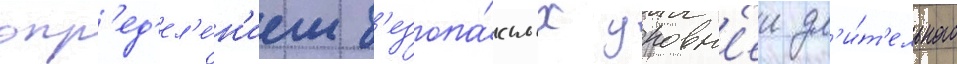
опр'ед'ел'е́н'ием б'езопа́сных уровн'еи дл'и́т'ельного